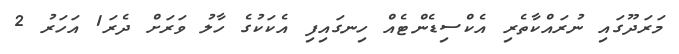
މަރަދޫގައި ނުރައްކާތެރި އެކްސިޑެންޓެއް ހިނގައިފި އެކަކުގެ ހާލު ވަރަށް ދެރަ1 އަހަރު 2